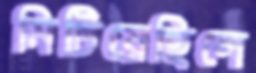
মিটিয়েছিলে